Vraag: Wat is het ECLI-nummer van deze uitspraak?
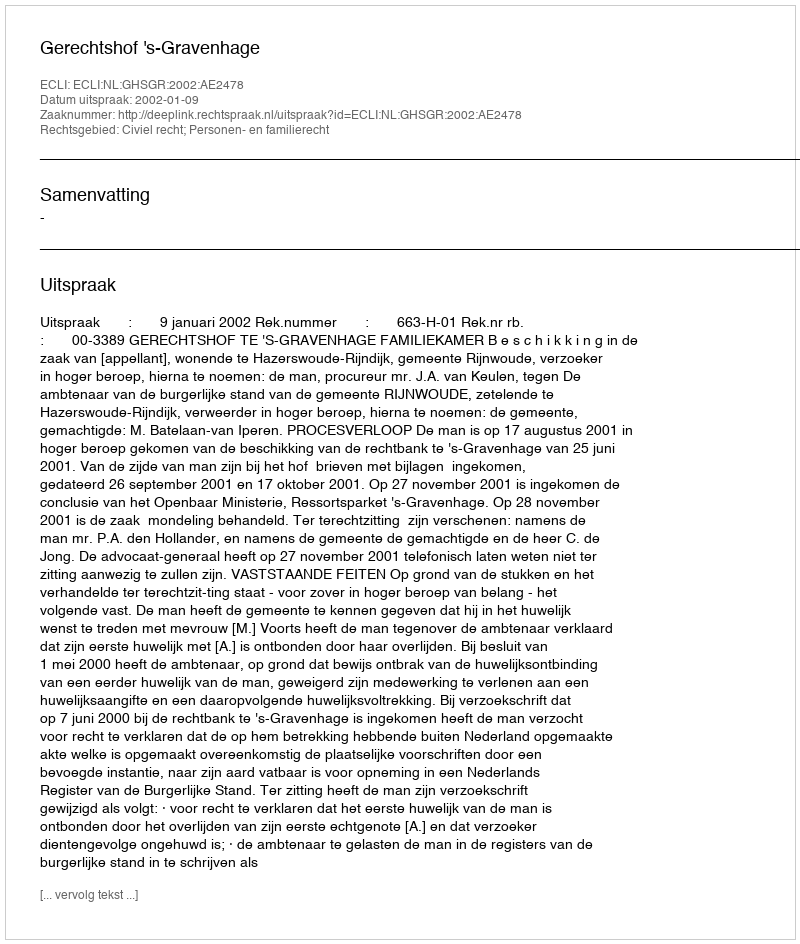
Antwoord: ECLI:NL:GHSGR:2002:AE2478